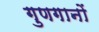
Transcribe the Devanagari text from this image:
गुणगानों